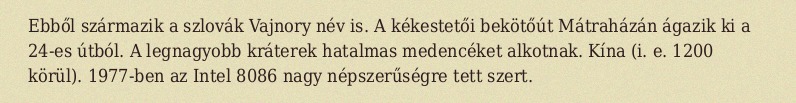
Ebből származik a szlovák Vajnory név is. A kékestetői bekötőút Mátraházán ágazik ki a 24-es útból. A legnagyobb kráterek hatalmas medencéket alkotnak. Kína (i. e. 1200 körül). 1977-ben az Intel 8086 nagy népszerűségre tett szert.